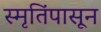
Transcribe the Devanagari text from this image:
स्मृतिंपासून